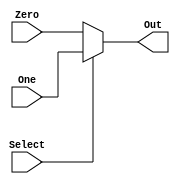
module twoBitMux(Zero, One, Select, Out);
    parameter n = 1;
    input Select;
    input [n - 1 : 0] Zero, One;
    output [n - 1 : 0] Out;
    assign Out = Select ? One : Zero;
endmodule


module fourBitMux(Zero, One, Two, Three, Select, Out);
    parameter n = 1;
    input [1 : 0] Select;
    input [n - 1 : 0] Zero, One, Two, Three;
    output [n - 1 : 0] Out;
    assign Out = Select[1] ? (Select[0] ? Three : Two) : (Select[0] ? One : Zero);
endmodule